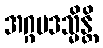
အဂ္ဂပဒသ္မိန္တိ